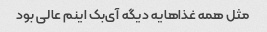
مثل همه غذاهایه دیگه آی‌بک اینم عالی بود